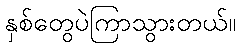
နှစ်တွေပဲကြာသွားတယ်။